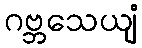
ဂဗ္ဘသေယျံ